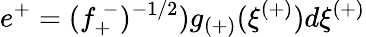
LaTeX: e^{+}=(f_{+}^{~-})^{-1/2})g_{(+)}(\xi^{(+)})d\xi^{(+)}